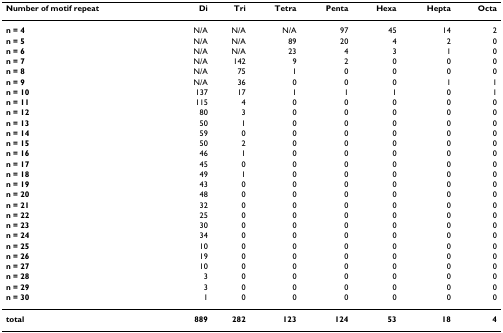
<table><thead><tr><td><b>Number of motif repeat</b></td><td><b>Di</b></td><td><b>Tri</b></td><td><b>Tetra</b></td><td><b>Penta</b></td><td><b>Hexa</b></td><td><b>Hepta</b></td><td><b>Octa</b></td></tr></thead><tbody><tr><td><b>n = 4</b></td><td>N/A</td><td>N/A</td><td>N/A</td><td>97</td><td>45</td><td>14</td><td>2</td></tr><tr><td><b>n = 5</b></td><td>N/A</td><td>N/A</td><td>89</td><td>20</td><td>4</td><td>2</td><td>0</td></tr><tr><td><b>n = 6</b></td><td>N/A</td><td>N/A</td><td>23</td><td>4</td><td>3</td><td>1</td><td>0</td></tr><tr><td><b>n = 7</b></td><td>N/A</td><td>142</td><td>9</td><td>2</td><td>0</td><td>0</td><td>0</td></tr><tr><td><b>n = 8</b></td><td>N/A</td><td>75</td><td>1</td><td>0</td><td>0</td><td>0</td><td>0</td></tr><tr><td><b>n = 9</b></td><td>N/A</td><td>36</td><td>0</td><td>0</td><td>0</td><td>1</td><td>1</td></tr><tr><td><b>n = 10</b></td><td>137</td><td>17</td><td>1</td><td>1</td><td>1</td><td>0</td><td>1</td></tr><tr><td><b>n = 11</b></td><td>115</td><td>4</td><td>0</td><td>0</td><td>0</td><td>0</td><td>0</td></tr><tr><td><b>n = 12</b></td><td>80</td><td>3</td><td>0</td><td>0</td><td>0</td><td>0</td><td>0</td></tr><tr><td><b>n = 13</b></td><td>50</td><td>1</td><td>0</td><td>0</td><td>0</td><td>0</td><td>0</td></tr><tr><td><b>n = 14</b></td><td>59</td><td>0</td><td>0</td><td>0</td><td>0</td><td>0</td><td>0</td></tr><tr><td><b>n = 15</b></td><td>50</td><td>2</td><td>0</td><td>0</td><td>0</td><td>0</td><td>0</td></tr><tr><td><b>n = 16</b></td><td>46</td><td>1</td><td>0</td><td>0</td><td>0</td><td>0</td><td>0</td></tr><tr><td><b>n = 17</b></td><td>45</td><td>0</td><td>0</td><td>0</td><td>0</td><td>0</td><td>0</td></tr><tr><td><b>n = 18</b></td><td>49</td><td>1</td><td>0</td><td>0</td><td>0</td><td>0</td><td>0</td></tr><tr><td><b>n = 19</b></td><td>43</td><td>0</td><td>0</td><td>0</td><td>0</td><td>0</td><td>0</td></tr><tr><td><b>n = 20</b></td><td>48</td><td>0</td><td>0</td><td>0</td><td>0</td><td>0</td><td>0</td></tr><tr><td><b>n = 21</b></td><td>32</td><td>0</td><td>0</td><td>0</td><td>0</td><td>0</td><td>0</td></tr><tr><td><b>n = 22</b></td><td>25</td><td>0</td><td>0</td><td>0</td><td>0</td><td>0</td><td>0</td></tr><tr><td><b>n = 23</b></td><td>30</td><td>0</td><td>0</td><td>0</td><td>0</td><td>0</td><td>0</td></tr><tr><td><b>n = 24</b></td><td>34</td><td>0</td><td>0</td><td>0</td><td>0</td><td>0</td><td>0</td></tr><tr><td><b>n = 25</b></td><td>10</td><td>0</td><td>0</td><td>0</td><td>0</td><td>0</td><td>0</td></tr><tr><td><b>n = 26</b></td><td>19</td><td>0</td><td>0</td><td>0</td><td>0</td><td>0</td><td>0</td></tr><tr><td><b>n = 27</b></td><td>10</td><td>0</td><td>0</td><td>0</td><td>0</td><td>0</td><td>0</td></tr><tr><td><b>n = 28</b></td><td>3</td><td>0</td><td>0</td><td>0</td><td>0</td><td>0</td><td>0</td></tr><tr><td><b>n = 29</b></td><td>3</td><td>0</td><td>0</td><td>0</td><td>0</td><td>0</td><td>0</td></tr><tr><td><b>n = 30</b></td><td>1</td><td>0</td><td>0</td><td>0</td><td>0</td><td>0</td><td>0</td></tr><tr><td><b>total</b></td><td><b>889</b></td><td><b>282</b></td><td><b>123</b></td><td><b>124</b></td><td><b>53</b></td><td><b>18</b></td><td><b>4</b></td></tr></tbody></table>